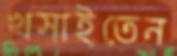
খসাইতেন